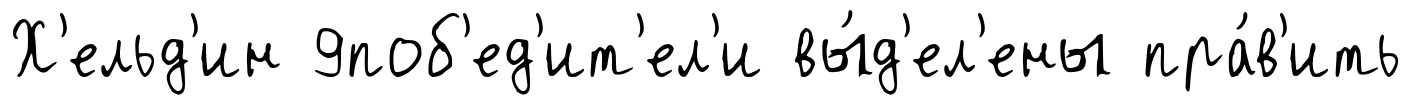
Х'ельд'ин 9поб'ед'ит'ел'и вы́д'ел'ены пра́в'ить